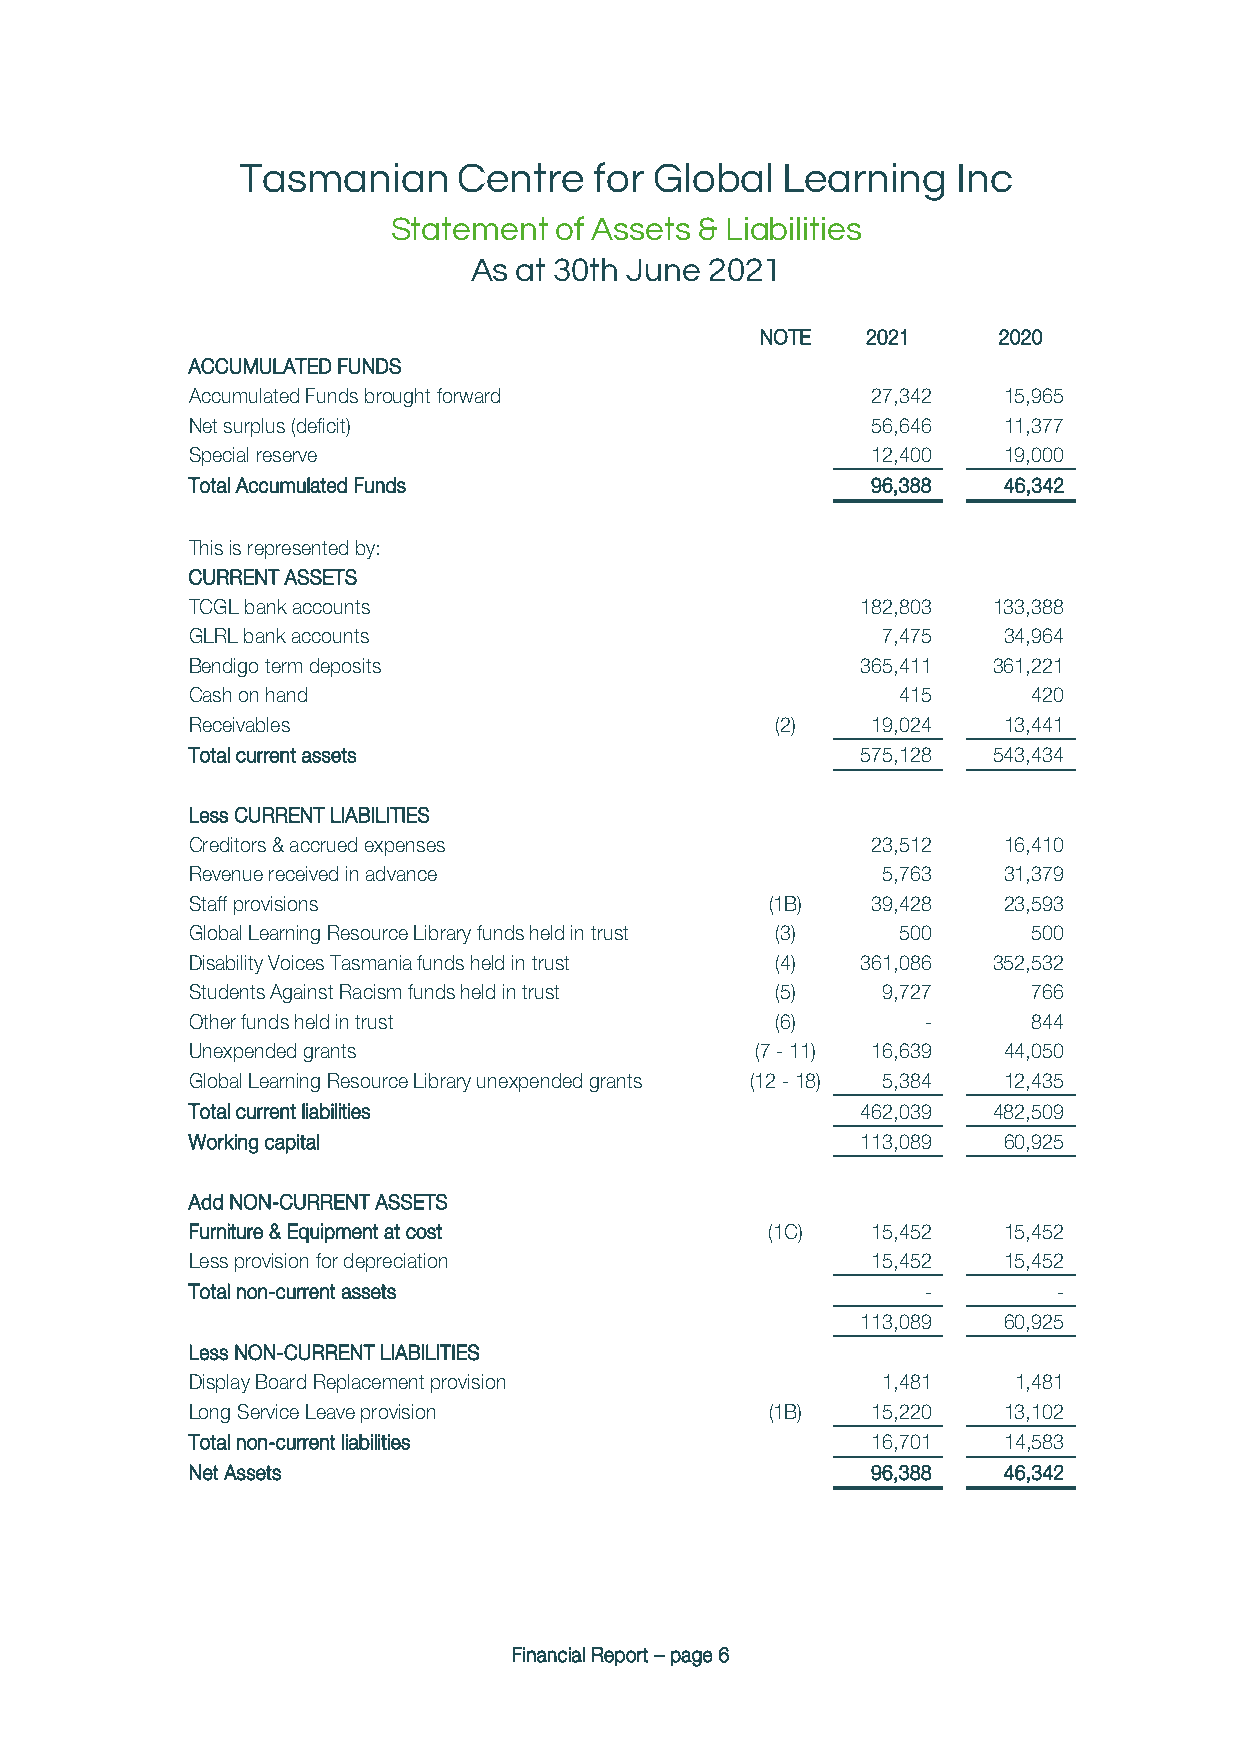
Tasmanian     Centre   for Global   Learning   Inc
 Statement  of Assets & Liabilities
 As at 30th June 2021
 NOTE   2021     2020
 ACCUMULATED FUNDS
 Accumulated Funds brought forward             27,342  15,965
 Net surplus (deficit)                         56,646  11,377
 Special reserve                               12,400  19,000
 Total Accumulated Funds                       96,388  46,342
 This is represented by:
 CURRENT ASSETS
 TCGL bank accounts                           182,803  133,388
 GLRL bank accounts                            7,475   34,964
 Bendigo term deposits                        365,411  361,221
 Cash on hand                                   415      420
 Receivables                            (2)    19,024  13,441
 Total current assets                         575,128  543,434
 Less CURRENT LIABILITIES
 Creditors & accrued expenses                  23,512  16,410
 Revenue received in advance                   5,763   31,379
 Staff provisions                       (1B)   39,428  23,593
 Global Learning Resource Library funds held in trust (3) 500 500
 Disability Voices Tasmania funds held in trust (4) 361,086 352,532
 Students Against Racism funds held in trust (5) 9,727   766
 Other funds held in trust              (6)       -      844
 Unexpended grants                     (7 - 11) 16,639 44,050
 Global Learning Resource Library unexpended grants (12 - 18) 5,384 12,435
 Total current liabilities                    462,039  482,509
 Working capital                              113,089  60,925
 Add NON-CURRENT ASSETS
 Furniture & Equipment at cost          (1C)   15,452  15,452
 Less provision for depreciation               15,452  15,452
 Total non-current assets                         -        -
 113,089  60,925
 Less NON-CURRENT LIABILITIES
 Display Board Replacement provision           1,481    1,481
 Long Service Leave provision           (1B)   15,220  13,102
 Total non-current liabilities                 16,701  14,583
 Net Assets                                    96,388  46,342
 Financial Report – page 6